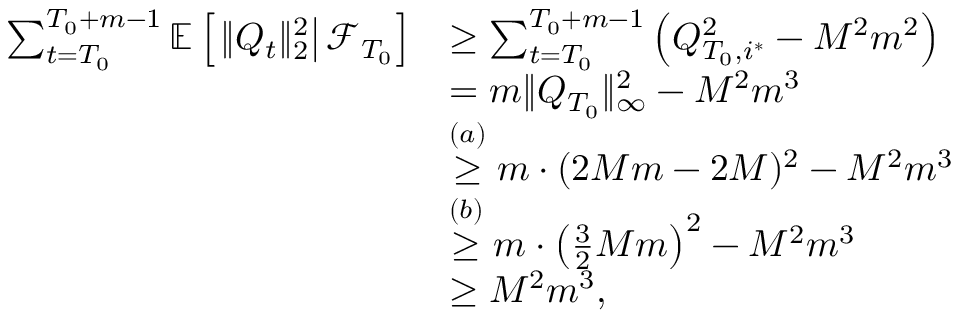
\begin{array} { r l } { \sum _ { t = T _ { 0 } } ^ { T _ { 0 } + m - 1 } \mathbb E \left[ \left. \lVert Q _ { t } \rVert _ { 2 } ^ { 2 } \right\rvert \mathcal F _ { T _ { 0 } } \right] } & { \ge \sum _ { t = T _ { 0 } } ^ { T _ { 0 } + m - 1 } \left( Q _ { T _ { 0 } , i ^ { * } } ^ { 2 } - M ^ { 2 } m ^ { 2 } \right) } \\ & { = m \lVert Q _ { T _ { 0 } } \rVert _ { \infty } ^ { 2 } - M ^ { 2 } m ^ { 3 } } \\ & { \stackrel { ( a ) } \ge m \cdot ( 2 M m - 2 M ) ^ { 2 } - M ^ { 2 } m ^ { 3 } } \\ & { \stackrel { ( b ) } \ge m \cdot \left( \frac 3 2 M m \right) ^ { 2 } - M ^ { 2 } m ^ { 3 } } \\ & { \ge M ^ { 2 } m ^ { 3 } , } \end{array}